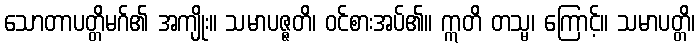
သောတာပတ္တိမဂ်၏ အကျိုး။ သမာပဇ္ဇတိ၊ ဝင်စားအပ်၏။ ဣတိ တသ္မ၊ ကြောင့်။ သမာပတ္တိ၊